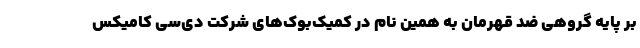
بر پایه گروهی ضد قهرمان به همین نام در کمیک‌بوک‌های شرکت دی‌سی کامیکس